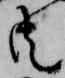
共